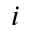
i